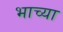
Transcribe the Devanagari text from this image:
भाच्या